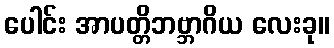
ပေါင်း အာပတ္တိဘဗ္ဘာဂိယ လေးခု။